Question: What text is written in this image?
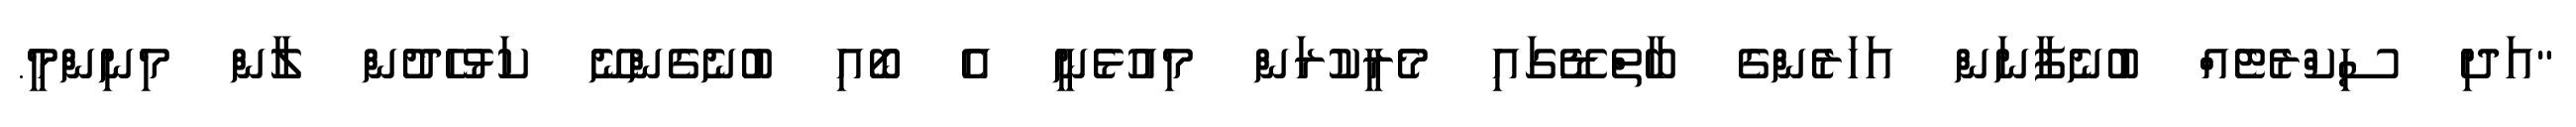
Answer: "އަދި ސިކްރެޓެއް ބުނެފާނަން އަހަރެންގެ ބާތްޑޭގައި މެރީކުރަން މިއުޅެނީ އެ ބޯއި ބުނެގެންނޭ ކަޅުހެދުން ލާން މިނިންމީ.